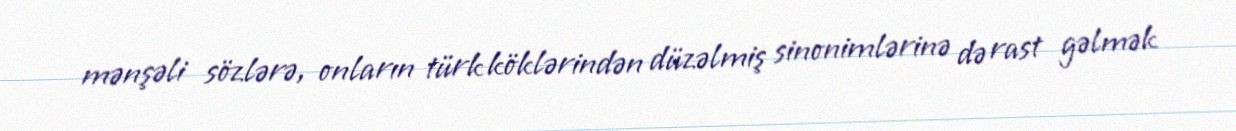
mənşəli sözlərə, onların türk köklərindən düzəlmiş sinonimlərinə də rast gəlmək